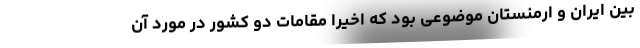
بین ایران و ارمنستان موضوعی بود که اخیرا مقامات دو کشور در مورد آن